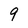
Character: 9